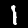
Digit: 1